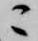
ニ